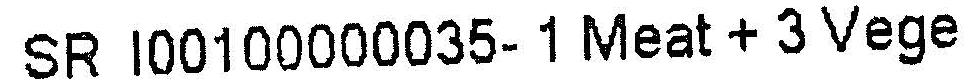
SR I00100000035- 1 MEAT + 3 VEGE